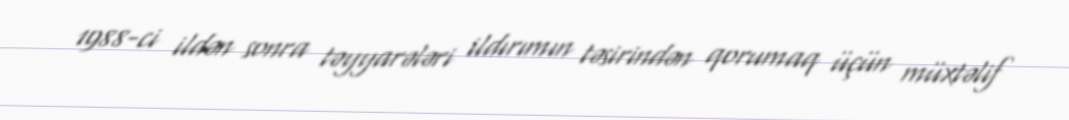
1988-ci ildən sonra təyyarələri ildırımın təsirindən qorumaq üçün müxtəlif